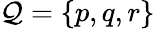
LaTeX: \mathcal{Q}=\{ p,q,r\}